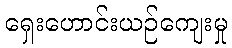
ရှေးဟောင်းယဉ်ကျေးမှု